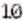
10